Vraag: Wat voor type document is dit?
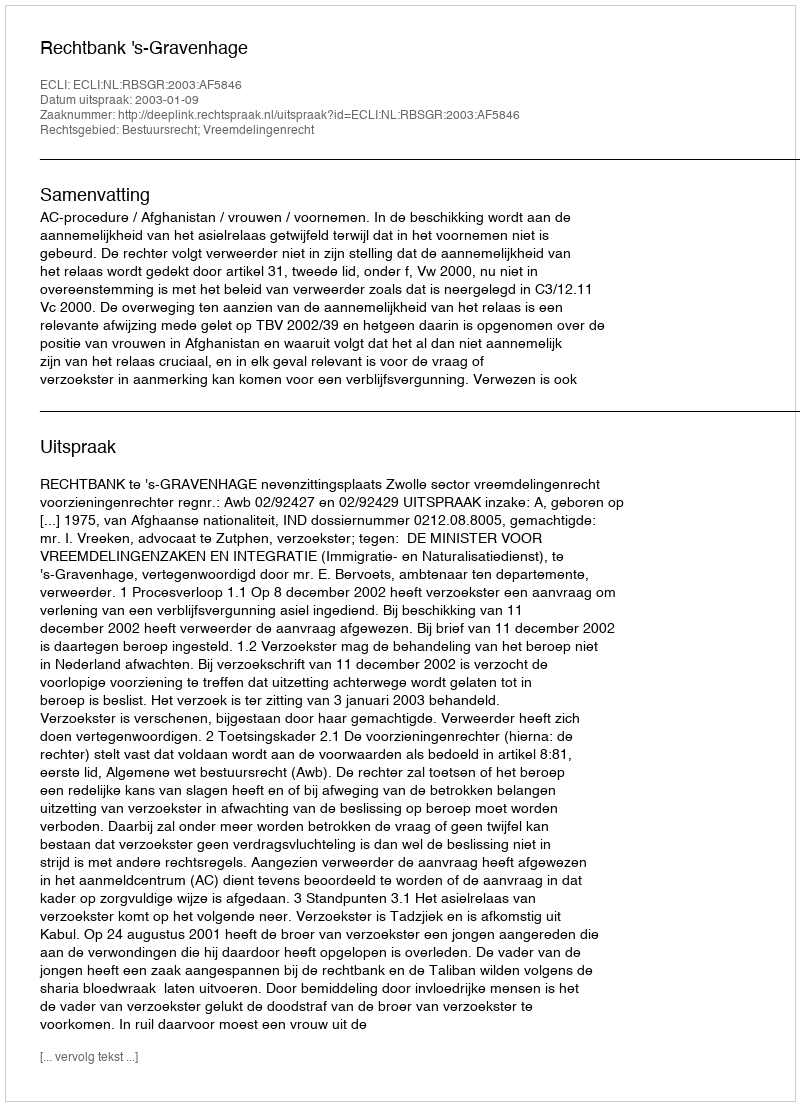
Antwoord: Uitspraak